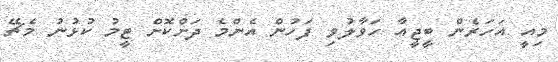
މިއީ އަހަރެން ބީޖީއާ ހަވާލުވި ފަހުން އެންމެ ދަށްކޮށް ޓީމު ކުޅުނު މެޗޭ